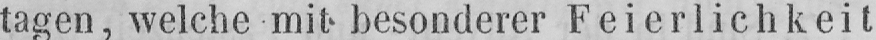
tagen, welche mit besonderer Feierlichkeit